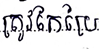
ត្រូវកែប្រែ